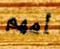
أمهم